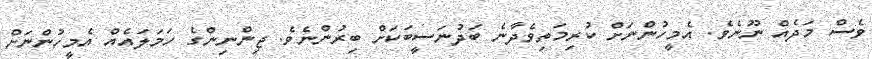
ވެސް މަދެއް ނޫނެވެ. އެމީހުންނަށް ކުރިމަތިވެދާނެ ބަދުނަސީބަކަށް ބިރުންނެވެ. ޖިންނިންގެ ހަމަލައެއް އެމީހުންނަށް